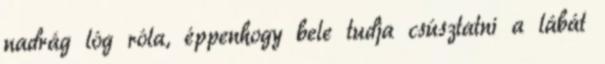
nadrág lóg róla, éppenhogy bele tudja csúsztatni a lábát